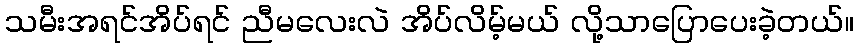
သမီးအရင်အိပ်ရင် ညီမလေးလဲ အိပ်လိမ့်မယ် လို့သာပြောပေးခဲ့တယ်။